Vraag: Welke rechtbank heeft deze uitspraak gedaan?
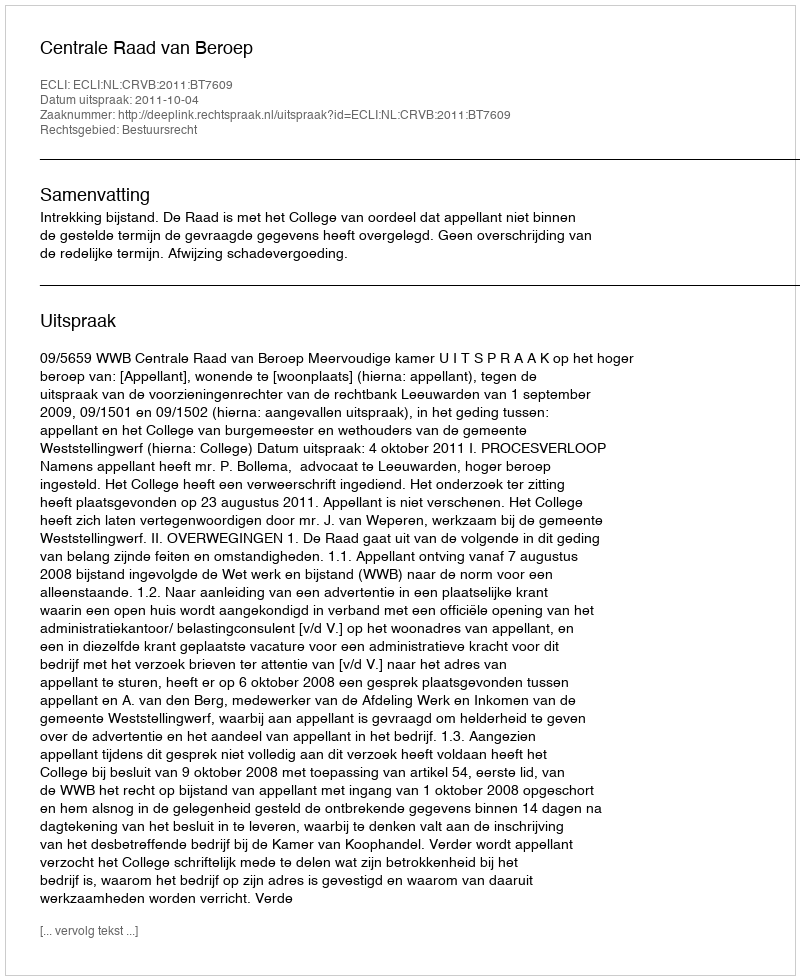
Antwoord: Centrale Raad van Beroep